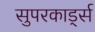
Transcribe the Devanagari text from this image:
सुपरकार्ड्स